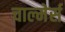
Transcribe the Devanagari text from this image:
चाल्मेर्स